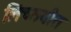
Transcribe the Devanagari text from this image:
लिच्छवीत